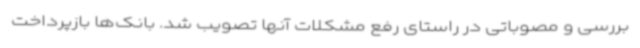
بررسی و مصوباتی در راستای رفع مشکلات آنها تصویب شد. بانک‌ها بازپرداخت